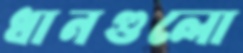
ধানগুলো